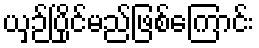
ယှဉ်ပြိုင်မည်ဖြစ်ကြောင်း